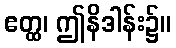
ဧတ္ထ၊ ဤနိဒါန်း၌။